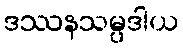
ဒဿနသမ္ပဒါယ